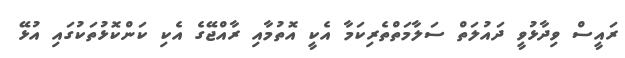
ރައީސް ވިދާޅުވީ ދައުލަތް ސަލާމަތްތެރިކަމާ އެކީ އޮތުމާއި ރާއްޖޭގެ އެކި ކަންކޮޅުތަކުގައި އުޅޭ